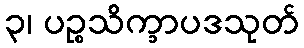
၃၊ ပဉ္စသိက္ခာပဒသုတ်